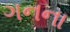
ગનના